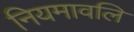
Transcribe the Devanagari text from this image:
नियमावलि